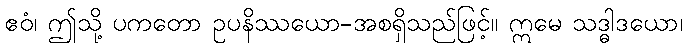
ဧဝံ၊ ဤသို့ ပကတော ဥပနိဿယော-အစရှိသည်ဖြင့်။ ဣမေ သဒ္ဓါဒယော၊